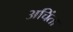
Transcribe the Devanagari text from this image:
अचिंता